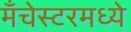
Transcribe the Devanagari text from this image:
मँचेस्टरमध्ये